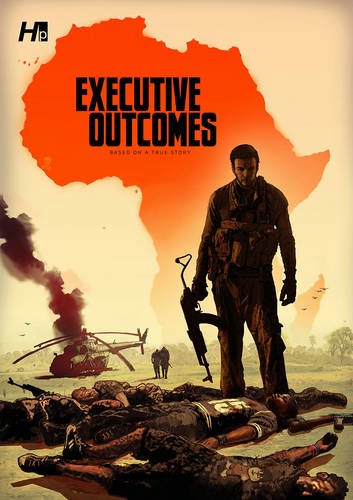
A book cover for Executive Outcomes Graphic Novel; Nick Bicanic; Comics & Graphic Novels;